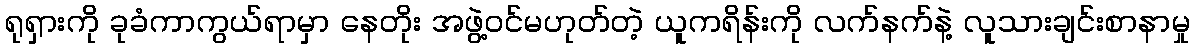
ရုရှားကို ခုခံကာကွယ်ရာမှာ နေတိုး အဖွဲ့ဝင်မဟုတ်တဲ့ ယူကရိန်းကို လက်နက်နဲ့ လူသားချင်းစာနာမှု